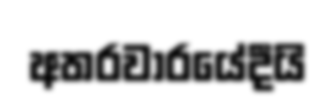
අතරවාරයේදීයි